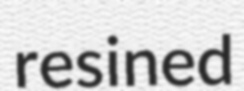
resined